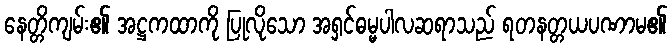
နေတ္တိကျမ်း၏ အဋ္ဌကထာကို ပြုလိုသော အရှင်ဓမ္မပါလဆရာသည် ရတနတ္တယပဏာမ၏